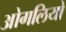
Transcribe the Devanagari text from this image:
ओगलियो